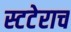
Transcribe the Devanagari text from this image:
स्टटेराच